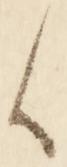
候